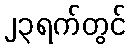
၂၃ရက်တွင်